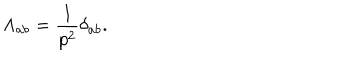
\Lambda _ { a b } = \frac { 1 } { p ^ { 2 } } \delta _ { a b } .